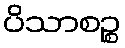
ပိသာစဉ္စ